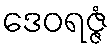
ဒေဝရဇ္ဇံ